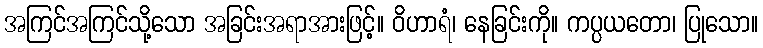
အကြင်အကြင်သို့သော အခြင်းအရာအားဖြင့်။ ဝိဟာရံ၊ နေခြင်းကို။ ကပ္ပယတော၊ ပြုသော။